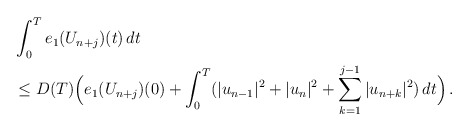
\begin{align*}&\int_0^T e_1(U_{n+j})(t)\,dt \\ &\le D(T) \Big(e_1(U_{n+j})(0) + \int_0^T (|u_{n-1}|^2 + |u_n|^2+\sum_{k=1}^{j-1} |u_{n+k}|^2)\,dt\Big)\,.\end{align*}